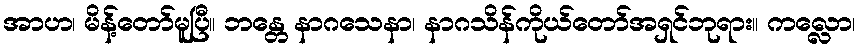
အာဟ၊ မိန့်တော်မူပြီ။ ဘန္တေ နာဂသေနာ၊ နာဂသိန်ကိုယ်တော်အရှင်ဘုရား။ ကလ္လော၊